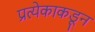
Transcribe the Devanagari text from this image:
प्रत्येकाकडून